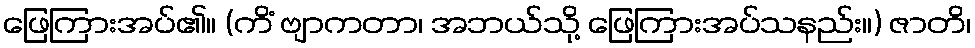
ဖြေကြားအပ်၏။ (ကိံ ဗျာကတာ၊ အဘယ်သို့ ဖြေကြားအပ်သနည်း။) ဇာတိ၊